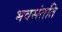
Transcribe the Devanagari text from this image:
भवसंतति